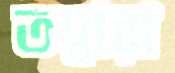
তদ্বারা